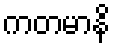
ကတမာနိ